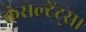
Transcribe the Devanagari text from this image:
कंसल्टेंट्स।